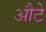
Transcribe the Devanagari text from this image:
औटे